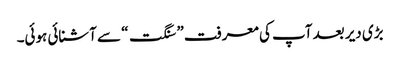
بڑی دیر بعد آپ کی معرفت ” سنگت“ سے آشنائی ہوئی۔